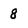
Character: 8